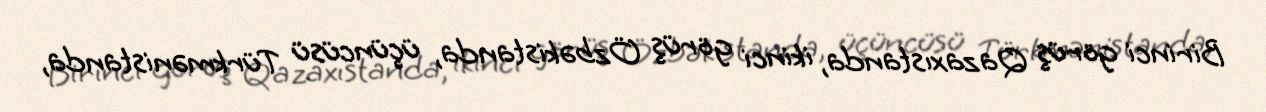
Birinci görüş Qazaxıstanda, ikinci görüş Özbəkistanda, üçüncüsü Türkmənistanda,